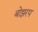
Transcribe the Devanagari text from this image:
बोझरप